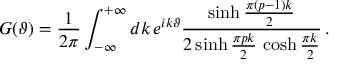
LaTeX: G ( \vartheta ) = \frac { 1 } { 2 \pi } \int _ { - \infty } ^ { + \infty } d k \, e ^ { i k \vartheta } \frac { \sinh \frac { \pi ( p - 1 ) k } { 2 } } { 2 \sinh \frac { \pi p k } { 2 } \, \cosh \frac { \pi k } { 2 } } \, .